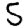
Digit: 5